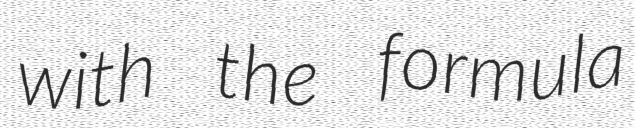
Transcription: with the formula